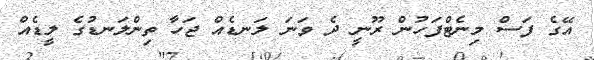
އޭގެ ފަސް މިނެޓްފަހުން ރޫނީ ދެ ވަނަ ލަނޑެއް ޖަހާ ތިންލަނޑުގެ ލީޑެއް